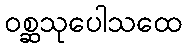
ဝစ္ဆသုပေါသထေ